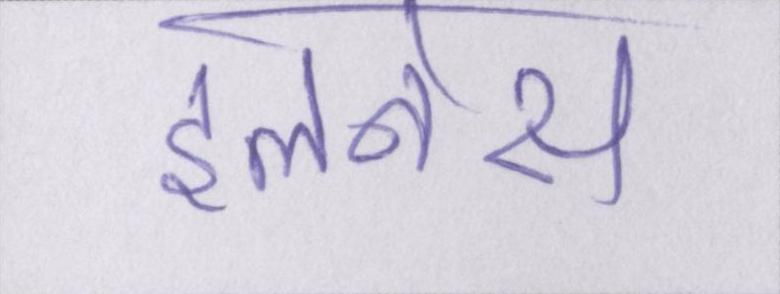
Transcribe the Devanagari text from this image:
इलनेस